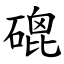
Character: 磇